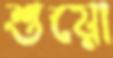
শুয়ো